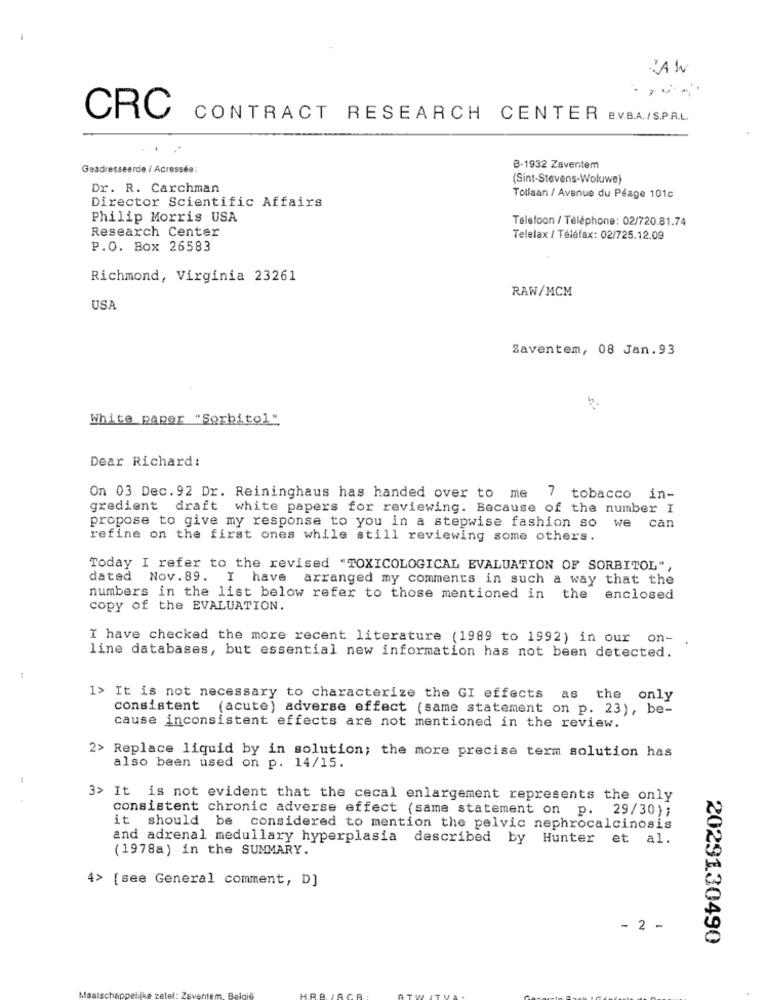
JAW
CRC
CONTRACT RESEARCH CENTER e.V.B.A./S.P.A.L.
Geadresseerde / Adresséa:
B-1932 Zaventem
(Sint-Stevens-Woluwe}
Dr. R. Carchman
Tollaan / Avenue du Péage 101c
Director Scientific Affairs
Philip Morris USA
Telefoon / Téléphone: 02/720.81.74
Research Center
Telefax / Téléfax: 02/725.12.09
P.O. Box 26583
Richmond, Virginia 23261
RAW/MCM
USA
Zaventem, 08 Jan.93
White paper "Sorbitol"
Dear Richard:
On 03 Dec. 92 Dr. Reininghaus has handed over to me 7 tobacco in-
gredient draft white papers for reviewing. Because of the number I
propose to give my response to you in a stepwise fashion so we can
refine on the first ones while still reviewing some others.
Today I refer to the revised "TOXICOLOGICAL EVALUATION OF SORBITOL",
dated Nov. 89. I have arranged my comments in such a way that the
numbers in the list below refer to those mentioned in the enclosed
copy of the EVALUATION.
I have checked the more recent literature (1989 to 1992) in our on-
line databases, but essential new information has not been detected.
1> It is not necessary to characterize the GI effects as the only
consistent (acute) adverse effect (same statement on p. 23), be-
cause inconsistent effects are not mentioned in the review.
2> Replace liquid by in solution; the more precise term solution has
also been used on p. 14/15.
3> It is not evident that the cecal enlargement represents the only
consistent chronic adverse effect (same statement on p. 29/30);
it should be considered to mention the pelvic nephrocalcinosis
and adrenal medullary hyperplasia described by Hunter et al.
(1978a) in the SUMMARY.
4> [see General comment, D]
- 2 -
2029130490